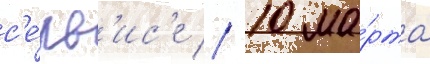
с'е́рв'ис'е // 10 ма́рта